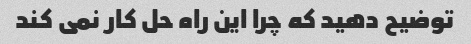
توضیح دهید که چرا این راه حل کار نمی کند